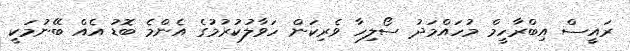
ރައީސް އިބްރާހީމް މުހައްމަދު ސޯލިހާ ވެރިކަން ހަވާލުކުރުމުގެ އެންމެ ބޮޑު އެއް ބޭނުމަކީ